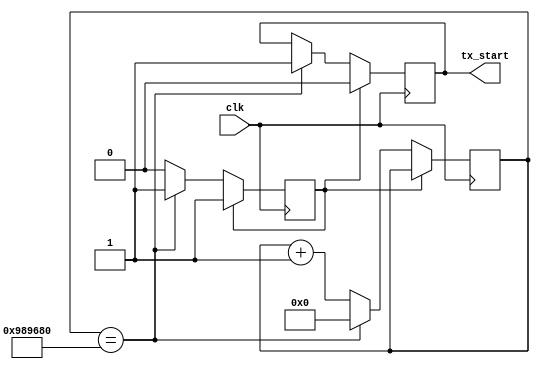
`timescale 1ns / 1ps


module start_tx(
input clk,
output  tx_start
    );
reg [32:0]count=0;
reg temp=0;
reg done = 0;
assign tx_start = temp;

always @(posedge clk)
begin
    if (done == 0) begin
        if (count == 10000000) begin
            temp <= 1;
            count <= 0;
            done <=1;
        end
        else begin
            count <= count +1;
            //temp <=0;
        end
    end
    else begin temp <=0; end
end
endmodule